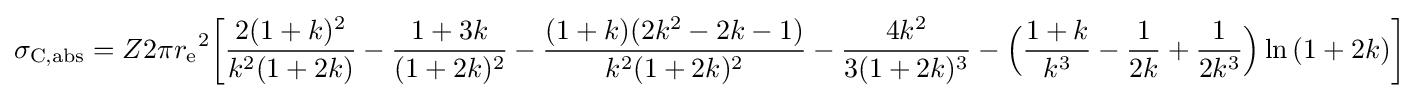
\sigma _{{\text{C}},{\text{abs}}}=Z2\pi {r_{\text{e}}}^{2}{\biggl [}{\frac {2(1+k)^{2}}{k^{2}(1+2k)}}-{\frac {1+3k}{(1+2k)^{2}}}-{\frac {(1+k)(2k^{2}-2k-1)}{k^{2}(1+2k)^{2}}}-{\frac {4k^{2}}{3(1+2k)^{3}}}-{\Bigl (}{\frac {1+k}{k^{3}}}-{\frac {1}{2k}}+{\frac {1}{2k^{3}}}{\Bigr )}\ln {(1+2k)}{\biggr ]}